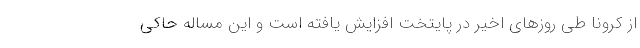
از کرونا طی روزهای اخیر در پایتخت افزایش یافته است و این مساله حاکی